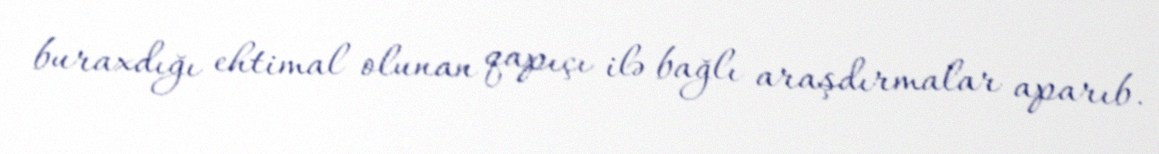
buraxdığı ehtimal olunan qapıçı ilə bağlı araşdırmalar aparıb.